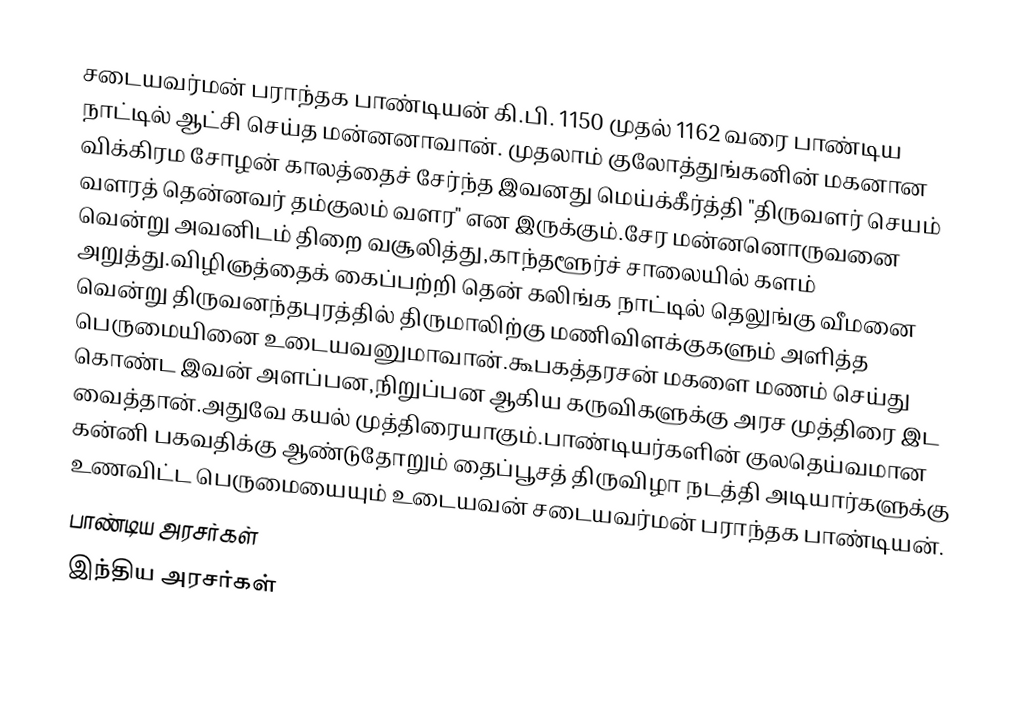
சடையவர்மன் பராந்தக பாண்டியன் கி.பி. 1150 முதல் 1162 வரை பாண்டிய நாட்டில் ஆட்சி செய்த மன்னனாவான். முதலாம் குலோத்துங்கனின் மகனான விக்கிரம சோழன் காலத்தைச் சேர்ந்த இவனது மெய்க்கீர்த்தி "திருவளர் செயம் வளரத் தென்னவர் தம்குலம் வளர" என இருக்கும்.சேர மன்னனொருவனை வென்று அவனிடம் திறை வசூலித்து,காந்தளூர்ச் சாலையில் களம் அறுத்து.விழிஞத்தைக் கைப்பற்றி தென் கலிங்க நாட்டில் தெலுங்கு வீமனை வென்று திருவனந்தபுரத்தில் திருமாலிற்கு மணிவிளக்குகளும் அளித்த பெருமையினை உடையவனுமாவான்.கூபகத்தரசன் மகளை மணம் செய்து கொண்ட இவன் அளப்பன,நிறுப்பன ஆகிய கருவிகளுக்கு அரச முத்திரை இட வைத்தான்.அதுவே கயல் முத்திரையாகும்.பாண்டியர்களின் குலதெய்வமான கன்னி பகவதிக்கு ஆண்டுதோறும் தைப்பூசத் திருவிழா நடத்தி அடியார்களுக்கு உணவிட்ட பெருமையையும் உடையவன் சடையவர்மன் பராந்தக பாண்டியன்.
பாண்டிய அரசர்கள்
இந்திய அரசர்கள்